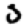
Digit: 3